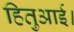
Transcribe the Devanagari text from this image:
हितुआई।